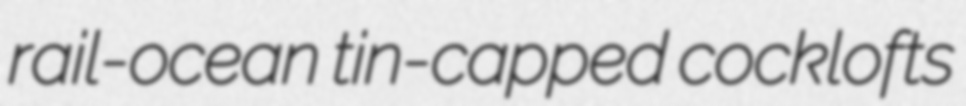
rail-ocean tin-capped cocklofts